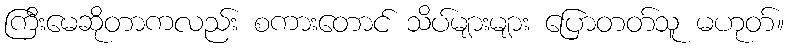
ကြီးမေဆိုတာကလည်း စကားတောင် သိပ်များများ ပြောတတ်သူ မဟုတ်။